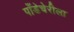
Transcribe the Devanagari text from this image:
पाँडेचेरीला